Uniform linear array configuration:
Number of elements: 8
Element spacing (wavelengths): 0.5
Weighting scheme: exponential
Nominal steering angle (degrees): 30
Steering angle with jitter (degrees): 30.201
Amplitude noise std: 0.05
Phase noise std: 0.05

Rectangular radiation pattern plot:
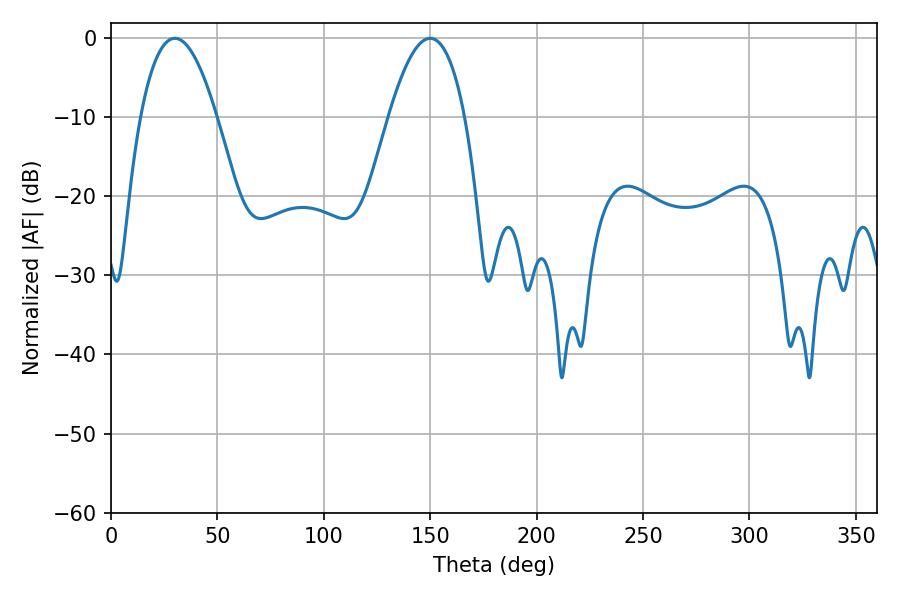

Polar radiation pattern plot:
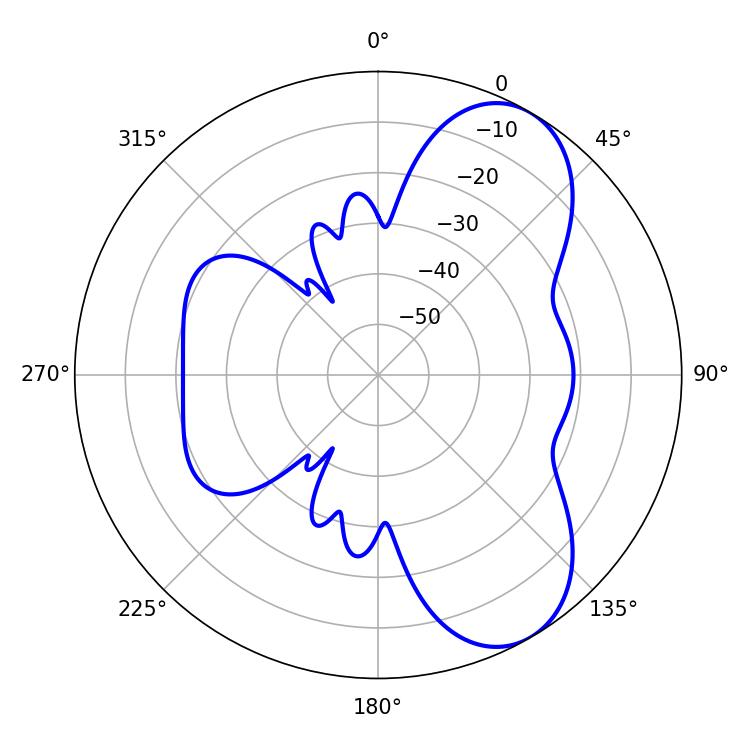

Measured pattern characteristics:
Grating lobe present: FALSE
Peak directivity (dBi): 7.314
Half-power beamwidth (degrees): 19.8
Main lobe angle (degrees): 30.06